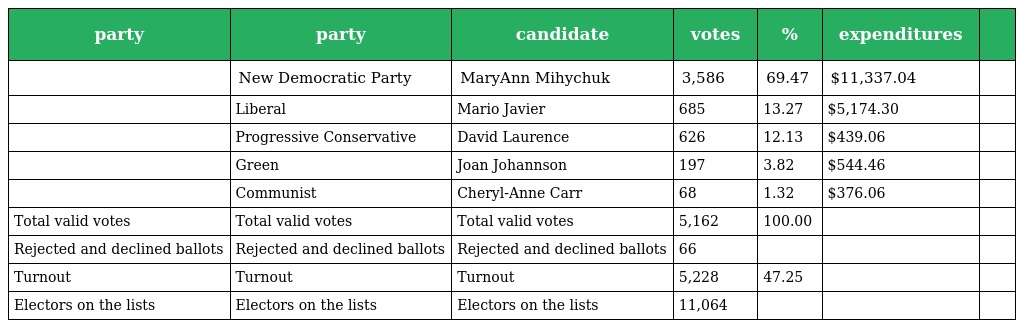
| party | party | candidate | votes | % | expenditures |  |
 | --- | --- | --- | --- | --- | --- | --- |
 |  | New Democratic Party | MaryAnn Mihychuk | 3,586 | 69.47 | $11,337.04 |  |
 |  | Liberal | Mario Javier | 685 | 13.27 | $5,174.30 |  |
 |  | Progressive Conservative | David Laurence | 626 | 12.13 | $439.06 |  |
 |  | Green | Joan Johannson | 197 | 3.82 | $544.46 |  |
 |  | Communist | Cheryl-Anne Carr | 68 | 1.32 | $376.06 |  |
 | Total valid votes | Total valid votes | Total valid votes | 5,162 | 100.00 |  |  |
 | Rejected and declined ballots | Rejected and declined ballots | Rejected and declined ballots | 66 |  |  |  |
 | Turnout | Turnout | Turnout | 5,228 | 47.25 |  |  |
 | Electors on the lists | Electors on the lists | Electors on the lists | 11,064 |  |  |  |